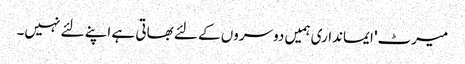
میرٹ' ایمانداری ہمیں دوسروں کے لئے بھاتی ہے اپنے لئے نہیں۔